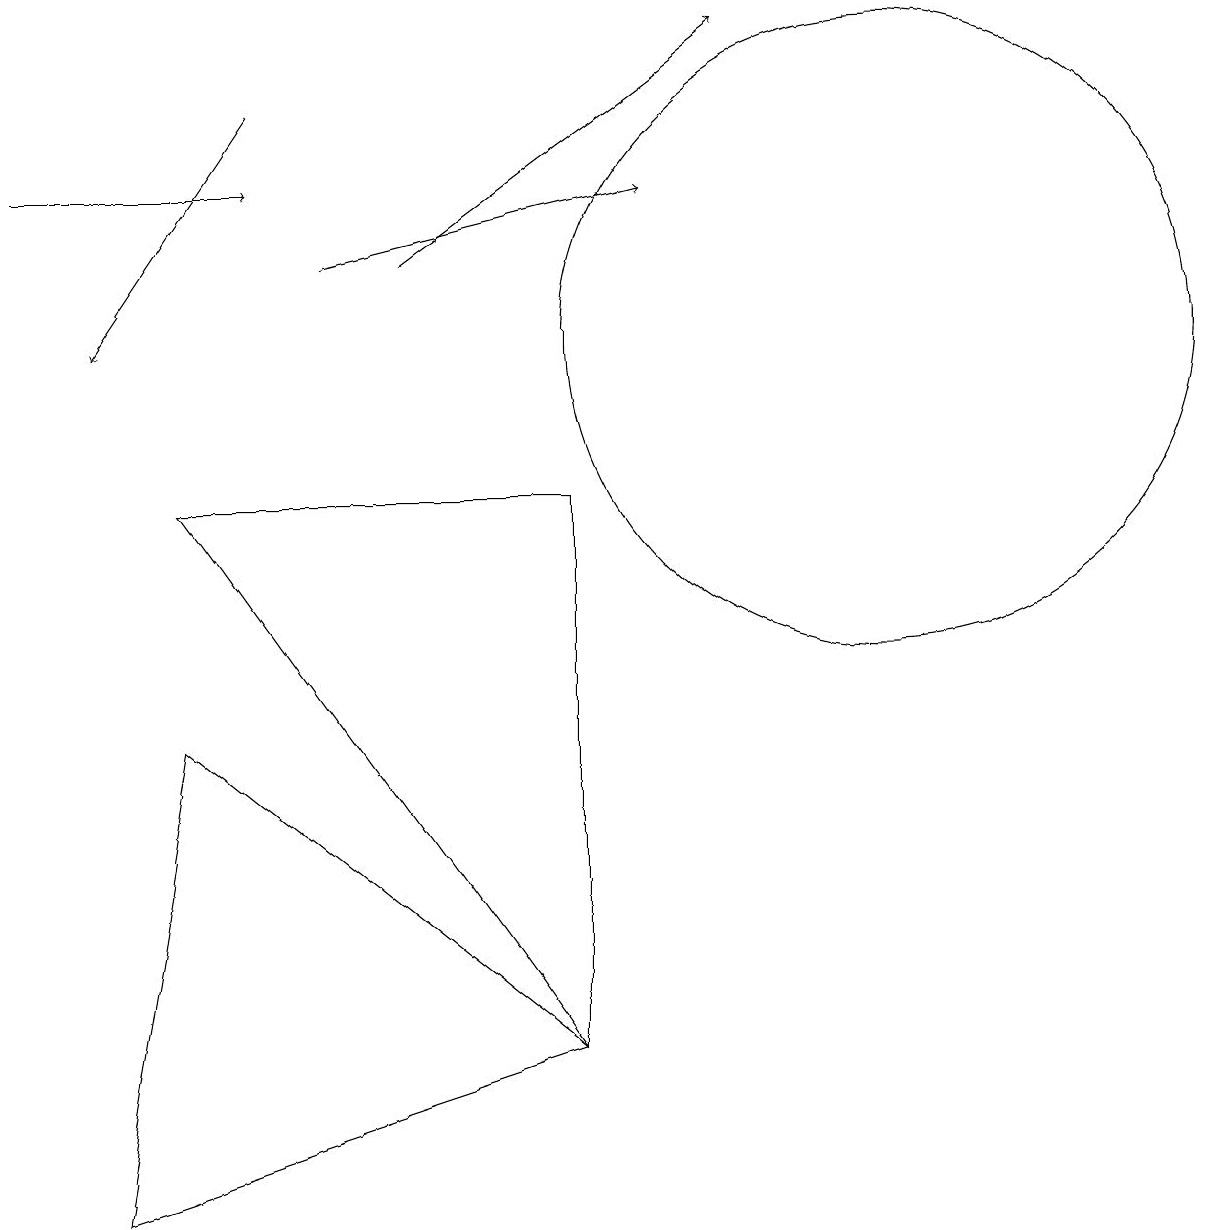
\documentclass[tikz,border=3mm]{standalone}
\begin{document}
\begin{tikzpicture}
\draw[->] (4,12) -- (8,13);
\draw[->] (5,12) -- (9,15);
\draw (11,11) circle (4);
\draw (2,9) -- (7,2) -- (7,9) -- cycle;
\draw[->] (0,13) -- (3,13);
\draw[->] (3,14) -- (1,11);
\draw (7,2) -- (2,6) -- (1,0) -- cycle;
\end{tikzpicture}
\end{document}